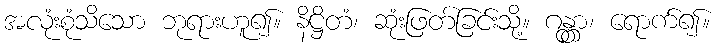
အလုံးစုံသိသော ဘုရားဟူ၍။ နိဋ္ဌိတံ၊ ဆုံးဖြတ်ခြင်းသို့။ ဂန္တွာ၊ ရောက်၍။